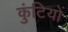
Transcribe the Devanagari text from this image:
कुंटियों